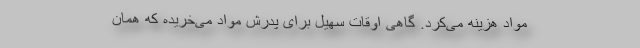
مواد هزینه می‌کرد. گاهی اوقات سهیل برای پدرش مواد می‌خریده که همان